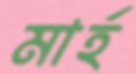
মার্হ